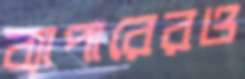
ব্যাপারেরও